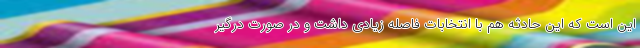
این است که این حادثه هم با انتخابات فاصله زیادی داشت و در صورت درگیر